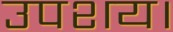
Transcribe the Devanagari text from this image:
उपशय।